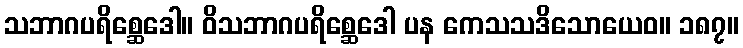
သဘာဂပရိစ္ဆေဒေါ။ ဝိသဘာဂပရိစ္ဆေဒေါ ပန ကေသသဒိသောယေဝ။ ၁၈၇။